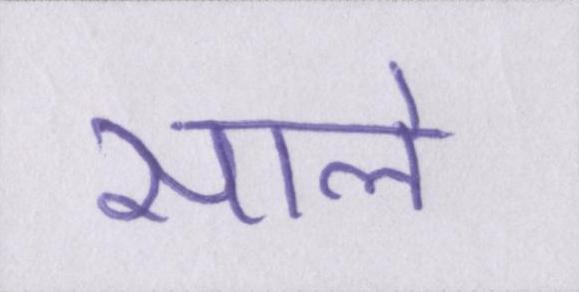
साले